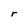
Character: r